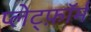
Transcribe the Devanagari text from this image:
प्लेट्फ़ॉर्म